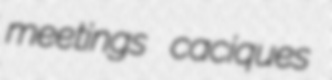
meetings caciques